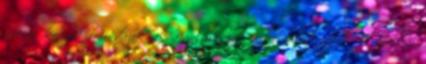
fiókos komód Mindazoknak ajánljuk ezt a komódot akik viszonylag